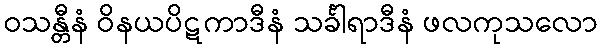
ဝသန္တီနံ ဝိနယပိဋကာဒီနံ သင်္ခါရာဒီနံ ဖလကုသလော